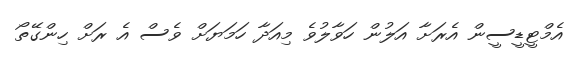
އެމްޓީޑީސީން އެރަށާ އަލުން ހަވާލުވެ މިއަދާ ހަމަޔަށް ވެސް އެ ރަށް ހިންގޭތޯ